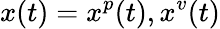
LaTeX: x(t)=x^{p}(t),x^{v}(t)